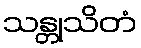
သန္တုသိတံ